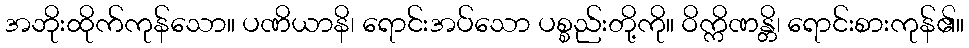
အဘိုးထိုက်ကုန်သော။ ပဏိယာနိ၊ ရောင်းအပ်သော ပစ္စည်းတို့ကို။ ဝိက္ကိဏန္တိ၊ ရောင်းစားကုန်၏။